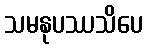
သမနုပဿသိပေ